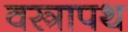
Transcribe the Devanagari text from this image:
वस्त्रापथ